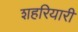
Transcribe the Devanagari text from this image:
शहरियारी